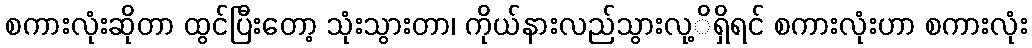
စကားလုံးဆိုတာ ထွင်ပြီးတော့ သုံးသွားတာ၊ ကိုယ်နားလည်သွားလု့ိရှိရင် စကားလုံးဟာ စကားလုံး